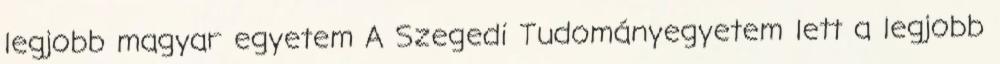
legjobb magyar egyetem A Szegedi Tudományegyetem lett a legjobb